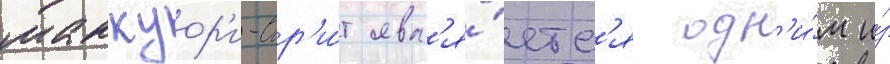
маккуор'и-стр'и́т явл'я́етс'я одн'и́м и́з